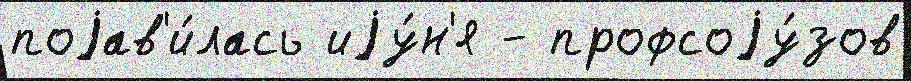
поjав'и́лась иjу́н'я - профсоjу́зов